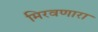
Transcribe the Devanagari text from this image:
मिरवणारा